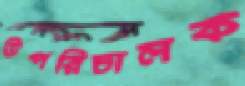
উপরিচালক